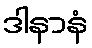
ဒါနာနံ